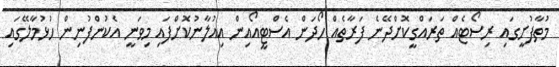
މުތާފުށީގައި ރިސޯޓެއް ތަރައްގީކޮށްދޭނެ ފަރާތެއް ހޯދަން އެސްޓީއޯއިން އިއުލާނުކޮށްފައި މިވަނީ އެކުންފުނިން ހުޅުމާލޭގައި